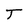
Character: T